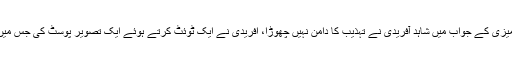
حقائق سے آنکھیں چرانے والے گوتم گھمبیر کی بدتمیزی کے جواب میں شاہد آفریدی نے تہذیب کا دامن نہیں چھوڑا، آفریدی نے ایک ٹوئٹ کرتے ہوئے ایک تصویر پوسٹ کی جس میں وہ بھارتی ترنگا لیے بھارتی مداحوں کے ساتھ ہیں۔